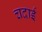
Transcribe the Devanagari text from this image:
चदाई